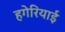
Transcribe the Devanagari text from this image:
हगेरियाई